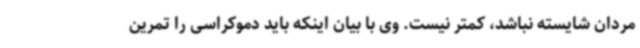
مردان شایسته نباشد، کمتر نیست. وی با بیان اینکه باید دموکراسی را تمرین